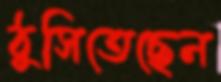
ঠুসিতেছেন